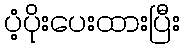
ပံ့ပိုးပေးထားပြီး